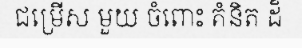
ជម្រើស មួយ ចំពោះ គំនិត ដ៏